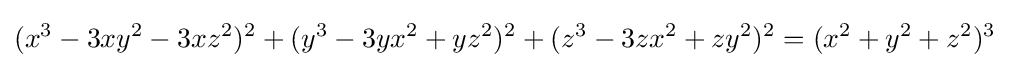
(x^{3}-3xy^{2}-3xz^{2})^{2}+(y^{3}-3yx^{2}+yz^{2})^{2}+(z^{3}-3zx^{2}+zy^{2})^{2}=(x^{2}+y^{2}+z^{2})^{3}